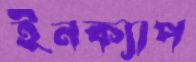
ইনক্যাপ